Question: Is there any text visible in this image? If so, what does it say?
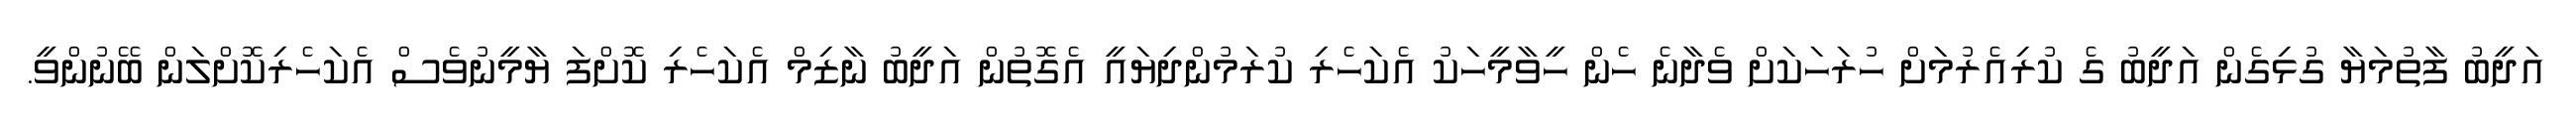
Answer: އަދީބު ފާތުމަޔާ ގުޅިގެން އަދީބު ގެ ކުރިއެރުމަށް ހުރަހަކަށް ވެދާނެ ހެން ހީވާމީހަކު އެކަހެރި ކުރަމުންދިޔައީ އެގޮތުން އަދީބު ނާޒިމް އެކަހެރި ކޮށްފަ ޔާމީނުވެސް އެކަހެރިކޮށްލަން ބޭނުންވީ.